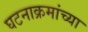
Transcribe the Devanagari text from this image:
घटनाक्रमांच्या